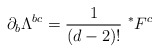
\begin{align*}\partial_{b}\Lambda^{bc}=\frac{1}{(d-2)!}~^{*}F^{c}\end{align*}